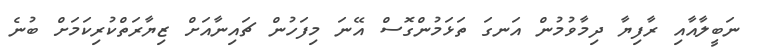
ނަބީލާއާއި ރާފިޔާ ދިމާވުމުން އަނގަ ތަޅަމުންގޮސް އޭނަ މިފަހުން ޗައިނާއަށް ޒިޔާރަތްކުރިކަމަށް ބުނެ